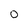
Character: 0